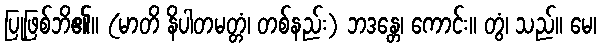
ပြုဖြစ်ဘိ၏။ (မာတိ နိပါတမတ္တံ၊ တစ်နည်း) ဘဒန္တေ၊ ကောင်း။ တွံ၊ သည်။ မေ၊